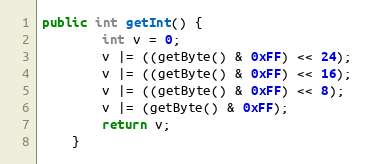
Language: Java
public int getInt() {
		int v = 0;
		v |= ((getByte() & 0xFF) << 24);
		v |= ((getByte() & 0xFF) << 16);
		v |= ((getByte() & 0xFF) << 8);
		v |= (getByte() & 0xFF);
		return v;
	}